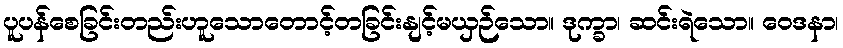
ပူပန်စေခြင်းတည်းဟူသောတောင့်တခြင်းနျင့်မယှဉ်သော။ ဒုက္ခာ၊ ဆင်းရဲသော။ ဝေဒနာ၊